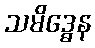
သမိဒ္ဓေန